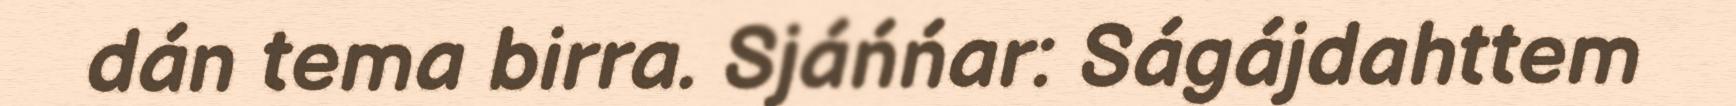
dán tema birra. Sjáńńar: Ságájdahttem